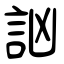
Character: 訩